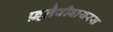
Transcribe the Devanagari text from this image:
फ़्लैवीवायरस